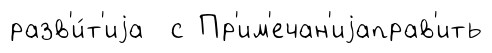
разв'и́т'иjа с Пр'им'ечан'иjаправ'ить